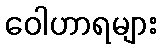
ဝေါဟာရများ